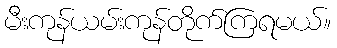
မီးကုန်ယမ်းကုန်တိုက်ကြရမယ်။